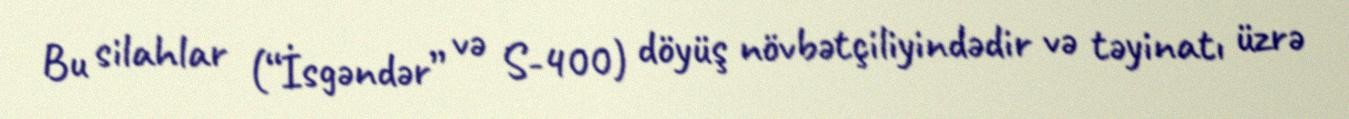
Bu silahlar (“İsgəndər” və S-400) döyüş növbətçiliyindədir və təyinatı üzrə